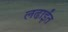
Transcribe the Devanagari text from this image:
लढाईंत